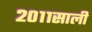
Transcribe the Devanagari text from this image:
२०११साली